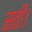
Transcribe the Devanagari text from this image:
सती।